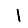
Digit: 1